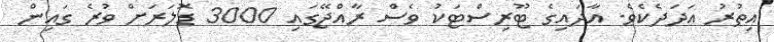
އިތުރު އަދަދެކެވެ. އާދައިގެ ޓޫރިސްޓަކު ވެސް ރާއްޖޭގައި 3000 ޑޮލަރަށް ވުރެ ގައިން